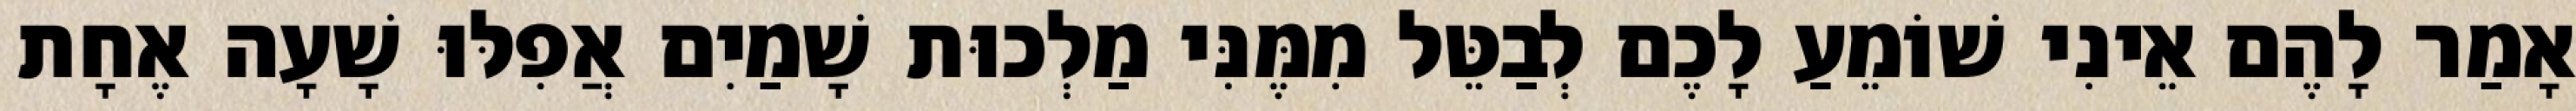
אָמַר לָהֶם אֵינִי שׁוֹמֵעַ לָכֶם לְבַטֵּל מִמֶּנִּי מַלְכוּת שָׁמַיִם אֲפִלּוּ שָׁעָה אֶחָת